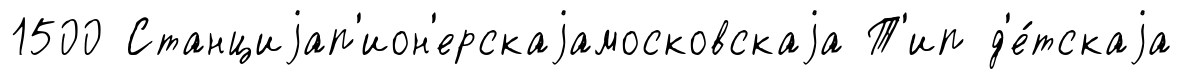
1500 Станциjап'ион'ерскаjамосковскаjа Т'ип д'е́тскаjа